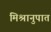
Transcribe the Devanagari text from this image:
मिश्रानुपात